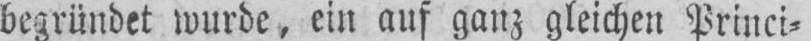
begründet wurde, ein auf ganz gleichen Princi⸗